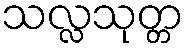
သလ္လသုတ္တ